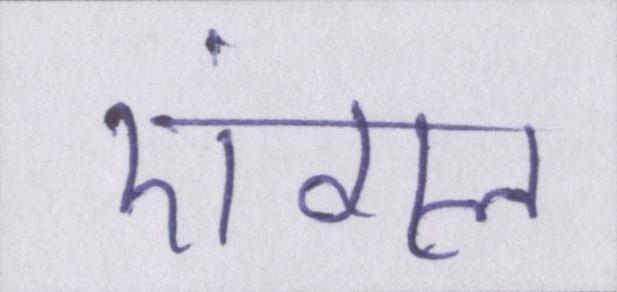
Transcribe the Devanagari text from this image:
एंगल